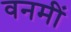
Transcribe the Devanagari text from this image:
वनमीं